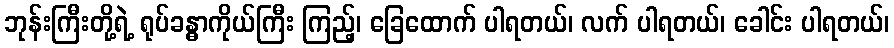
ဘုန်းကြီးတို့ရဲ့ ရုပ်ခန္ဓာကိုယ်ကြီး ကြည့်၊ ခြေထောက် ပါရတယ်၊ လက် ပါရတယ်၊ ခေါင်း ပါရတယ်၊